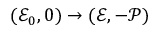
( \mathscr { E } _ { 0 } , 0 ) \to ( \mathscr { E } , - \mathscr { P } )